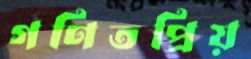
গণিতপ্রিয়